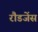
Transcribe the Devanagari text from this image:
रौडजेंस